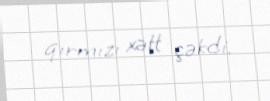
qırmızı xətt çəkdi.